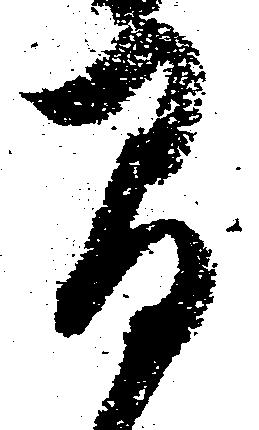
間